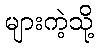
များကဲ့သို့